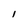
Character: I